Vaccine operations Central Provinces 1868-1885 - 1868-1885
Year: 1868
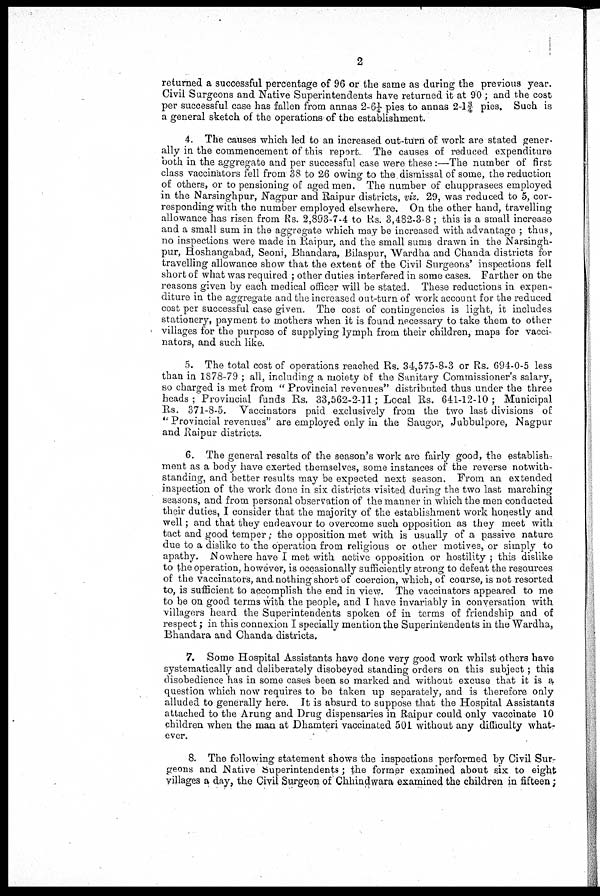
2
returned a successful percentage of 96 or the same as during the previous year.
Civil Surgeons and Native Superintendents have returned it at 90; and the cost
per successful case has fallen from annas 2-6¼ pies to annas 2-l¾ pies. Such is
a general sketch of the operations of the establishment.
4. The causes which led to an increased out-turn of work are stated gener-
ally in the commencement of this report. The causes of reduced expenditure
both in the aggregate and per successful case were these :—The number of first
class vaccinators fell from 38 to 26 owing to the dismissal of some, the reduction
of others, or to pensioning of aged men. The number of chupprasees employed
in the Narsinghpur, Nagpur and Raipur districts, viz. 29, was reduced to 5, cor-
responding with the number employed elsewhere. On the other hand, travelling
allowance has risen from Rs. 2,893-7-4 to Rs. 3,482-3-8 ; this is a small increase
and a small sum in the aggregate which may be increased with advantage ; thus,
no inspections were made in Raipur, and the small sums drawn in the Narsingh-
pur, Hoshangabad, Seoni, Bhandara, Bilaspur, Wardha and Chanda districts for
travelling allowance show that the extent of the Civil Surgeons' inspections fell
short of what was required ; other duties interfered in some cases. Farther on the
reasons given by each medical officer will be stated. These reductions in expen-
diture in the aggregate and the increased out-turn of work account for the reduced
cost per successful case given. The cost of contingencies is light, it includes
stationery, payment to mothers when it is found necessary to take them to other
villages for the purpose of supplying lymph from their children, maps for vacci-
nators, and such like.
5. The total cost of operations reached Rs. 34,575-8-3 or Rs. 694-0-5 less
than in 1878-79 ; all, including a moiety of the Sanitary Commissioner's salary,
so charged is met from " Provincial revenues" distributed thus under the three
heads; Provincial funds Rs. 33,562-2-11; Local Rs. 641-12-10 ; Municipal
Rs. 371-8-5. Vaccinators paid exclusively from the two last divisions of
" Provincial revenues" are employed only in the Saugor, Jubbulpore, Nagpur
and Raipur districts.
6. The general results of the season's work are fairly good, the establish-
ment as a body have exerted themselves, some instances of the reverse notwith-
standing, and better results may be expected next season. From an extended
inspection of the work done in six districts visited during the two last marching
seasons, and from personal observation of the manner in which the men conducted
their duties, I consider that the majority of the establishment work honestly and
well; and that they endeavour to overcome such opposition as they meet with
tact and good temper; the opposition met with is usually of a passive nature
due to a dislike to the operation from religious or other motives, or simply to
apathy. Nowhere have I met with active opposition or hostility ; this dislike
to the operation, however, is occasionally sufficiently strong to defeat the resources
of the vaccinators, and nothing short of coercion, which, of course, is not resorted
to, is sufficient to accomplish the end in view. The vaccinators appeared to me
to be on good terms with the people, and I have invariably in conversation with
villagers heard the Superintendents spoken of in terms of friendship and of
respect; in this connexion I specially mention the Superintendents in the Wardha,
Bhandara and Chanda districts.
7. Some Hospital Assistants have done very good work whilst others have
systematically and deliberately disobeyed standing orders on this subject; this,
disobedience has in some cases been so marked and without excuse that it is a
question which now requires to be taken up separately, and is therefore only
alluded to generally here. It is absurd to suppose that the Hospital Assistants
attached to the Arung and Drug dispensaries in Raipur could only vaccinate 10
children when the man at Dhamteri vaccinated 501 without any difficulty what-
ever.
8. The following statement shows the inspections performed by Civil Sur-
geons and Native Superintendents; the former examined about six to eight
villages a day, the Civil Surgeon of Chhindwara examined the children in fifteen;